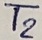
Text: T2